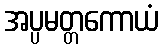
အပ္ပမတ္တကောယံ